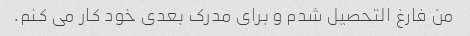
من فارغ التحصیل شدم و برای مدرک بعدی خود کار می کنم.